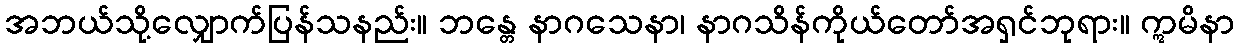
အဘယ်သို့လျှောက်ပြန်သနည်း။ ဘန္တေ နာဂသေနာ၊ နာဂသိန်ကိုယ်တော်အရှင်ဘုရား။ ဣမိနာ